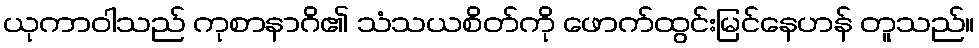
ယုကာဝါသည် ကုစာနာဂိ၏ သံသယစိတ်ကို ဖောက်ထွင်းမြင်နေဟန် တူသည်။